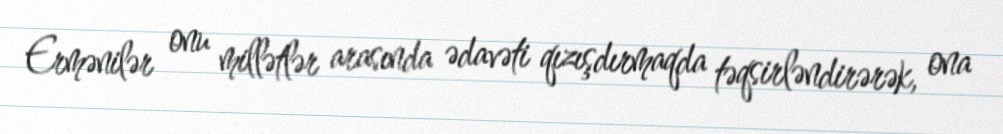
Ermənilər onu millətlər arasında ədavəti qızışdırmaqda təqsirləndirərək, ona